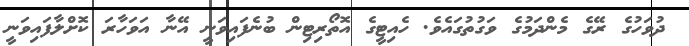
ދުވަހުގެ ރޭގެ މެންދަމުގެ ވަގުތުގައެވެ. ހެއިޓީގެ އޮތޯރިޓިން ބުނެފައިވަނީ އޭނާ އަވަހާރަ ކޮށްލާފައިވަނީ